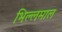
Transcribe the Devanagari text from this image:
भिल्लमाल